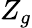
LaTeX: Z_{g}